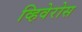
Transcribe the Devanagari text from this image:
व्हिवेरोस